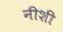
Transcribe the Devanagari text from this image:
नीशी